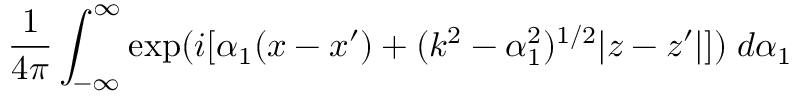
\frac { 1 } { 4 \pi } \int _ { - \infty } ^ { \infty } { \exp ( i [ \alpha _ { 1 } ( x - x ^ { \prime } ) + ( k ^ { 2 } - \alpha _ { 1 } ^ { 2 } ) ^ { 1 / 2 } | z - z ^ { \prime } | ] ) } \; d \alpha _ { 1 }